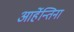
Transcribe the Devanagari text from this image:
आर्हेन्तिना